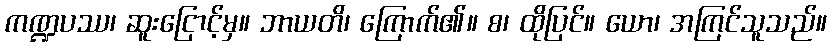
ကဏ္ဍပဿ၊ ဆူးငြောင့်မှ။ ဘာယတိ၊ ကြောက်၏။ စ၊ ထိုပြင်။ ယော၊ အကြင်သူသည်။